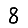
Digit: 8